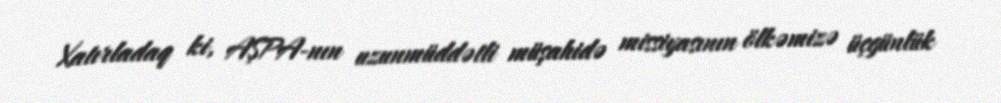
Xatırladaq ki, AŞPA-nın uzunmüddətli müşahidə missiyasının ölkəmizə üçgünlük